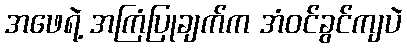
အဖေရဲ့ အကြံပြုချက်က အံဝင်ခွင်ကျပဲ